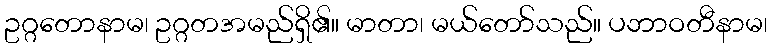
ဥဂ္ဂတောနာမ၊ ဥဂ္ဂတအမည်ရှိ၏။ မာတာ၊ မယ်တော်သည်။ ပဘာဝတီနာမ၊